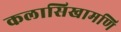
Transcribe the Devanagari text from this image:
कलासिखामणि